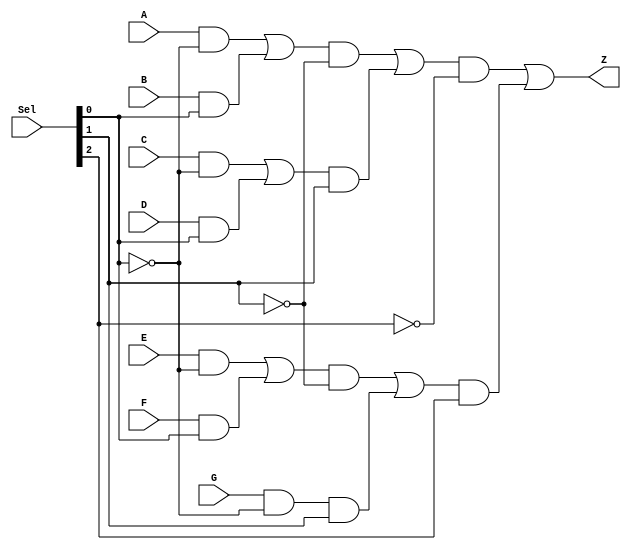
// Module name and I/O port
module mux7to1 (Z, Sel, A, B, C, D, E, F, G);  
// Input ports declaration
input [2:0] Sel;
input 		A;
input 		B;
input		 C;
input 		D;
input 		E;
input 		F;
input 		G;
// Output ports declaration
output Z;
// Internal wires declaration
wire z0;
wire z1;
wire z2;
wire a;
wire b;
wire c;
wire d;
wire e;
wire f;
wire g;
wire h;
wire i;
wire j;
wire k;
wire l;
wire m;
wire n;
wire o;
wire p;
wire q;
wire r;
// Boolen
not(z0,Sel[0]);
not(z1,Sel[1]);
not(z2,Sel[2]);
and(a,A,z0);
and(b,B,Sel[0]);
and(c,C,z0);
and(d,D,Sel[0]);
and(e,E,z0);
and(f,F,Sel[0]);
and(g,G,z0);
or (h,a,b);
or (i,c,d);
or (j,e,f);
and(k,h,z1);
and(l,i,Sel[1]);
and(m,j,z1);
and(n,g,Sel[1]);
or (o,k,l);
or (p,m,n);
and(q,o,z2);
and(r,p,Sel[2]);
or (Z,q,r);



endmodule